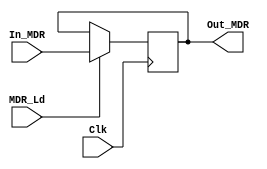
module MDR (output reg [31:0] Out_MDR, input [31:0] In_MDR, input MDR_Ld, Clk);
    always @ (posedge Clk)
    begin
        if (MDR_Ld == 1'b1)
        begin
        Out_MDR = In_MDR;
        end
    end
endmodule

module test;
    reg [31:0] D;
    reg X, C;
    wire [31:0] Q;
    MDR testing (Q, D, X, C);
    initial #30 $finish;
    
    initial begin
        C = 1'b0;
        repeat (20) #1 C = ~C;
    end
    
    initial begin
        X = 1'b0;
        repeat (10) #2 X = ~X;
    end
    
    initial begin
        D = 32'b00000000000000000000000000000000;
        repeat (20) #1 D = D + 32'b00000000000000000000010000000000;
    end
    
    initial begin
    $display (" Clk Load    Input    Output                 time ");
    $monitor (" %d   %d %d %d %d ", C, X, D, Q, $time);
    end
endmodule